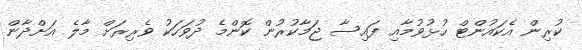
ކުރިން އެކައުންޓް ހުޅުވުމާއި ފައިސާ ޖަމާކުރުން ކޮންމެ ދުވަހަކު ވެރިރަށް މާލެ އަށްދާން